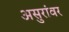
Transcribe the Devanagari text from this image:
असुरांवर